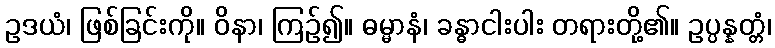
ဥဒယံ၊ ဖြစ်ခြင်းကို။ ဝိနာ၊ ကြဉ်၍။ ဓမ္မာနံ၊ ခန္ဓာငါးပါး တရားတို့၏။ ဥပ္ပန္နတ္တံ၊